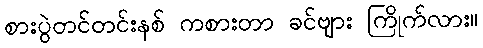
စားပွဲတင်တင်းနစ် ကစားတာ ခင်ဗျား ကြိုက်လား။